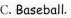
C.Baseball.